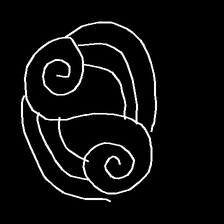
Glyph: wind-underfoot